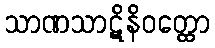
သာဏသာဋိနိဝတ္ထော